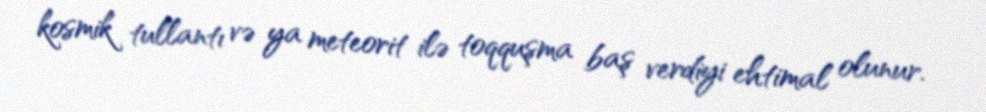
kosmik tullantı və ya meteorit ilə toqquşma baş verdiyi ehtimal olunur.